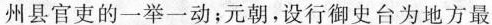
州县官吏的一举一动；元朝，设行御史台为地方最